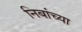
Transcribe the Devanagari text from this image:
निबांच्या